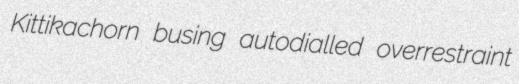
Kittikachorn busing autodialled overrestraint